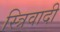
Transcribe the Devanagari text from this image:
स्त्रिवादी